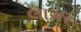
લાગર